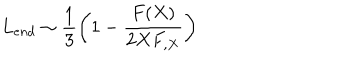
LaTeX: L _ { e n d } \sim \frac { 1 } { 3 } \left( 1 - \frac { F ( X ) } { 2 X F _ { , X } } \right)